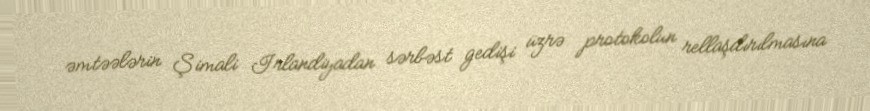
əmtəələrin Şimali İrlandiyadan sərbəst gedişi üzrə protokolun rellaşdırılmasına